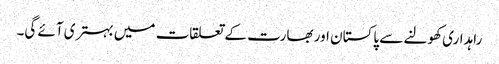
راہداری کھولنے سے پاکستان اور بھارت کے تعلقات میں بہتری آئے گی۔